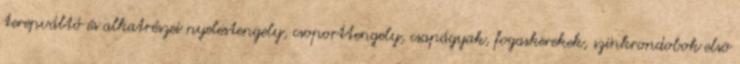
terepváltó és alkatrészei nyelestengely, csoporttengely, csapágyak, fogaskerekek, szinkrondobok elsõ